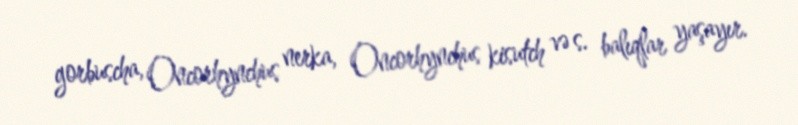
gorbuscha, Oncorhynchus nerka, Oncorhynchus kisutch və s. balıqlar yaşayır.